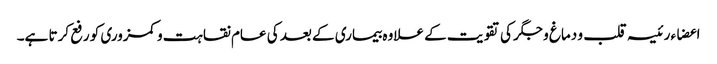
اعضاء رئیسہ قلب و دماغ و جگر کی تقویت کے علاوہ بیماری کے بعد کی عام نقاہت و کمزوری کو رفع کرتا ہے۔